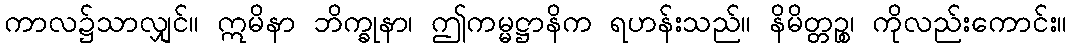
ကာလ၌သာလျှင်။ ဣမိနာ ဘိက္ခုနာ၊ ဤကမ္မဋ္ဌာနိက ရဟန်းသည်။ နိမိတ္တဉ္စ၊ ကိုလည်းကောင်း။